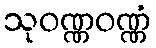
သုဝဏ္ဏဝဏ္ဏံ